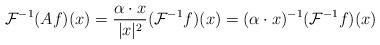
LaTeX: \begin{align*} \mathcal{F}^{-1} (Af)(x) = \frac{\alpha \cdot x}{|x|^{2}} (\mathcal{F}^{-1}f)(x)= (\alpha \cdot x)^{-1} (\mathcal{F}^{-1}f)(x)\end{align*}